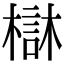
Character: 㯎